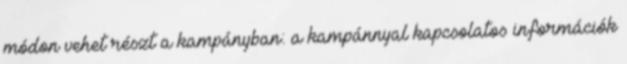
módon vehet részt a kampányban: a kampánnyal kapcsolatos információk